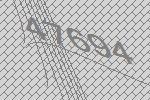
47694